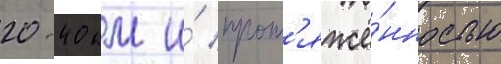
20-40 км и́ прот'яжё́нностью